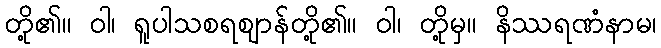
တို့၏။ ဝါ၊ ရူပါသစရဈာန်တို့၏။ ဝါ၊ တို့မှ။ နိဿရဏံနာမ၊